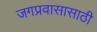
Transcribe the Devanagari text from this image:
जगप्रवासासाठी